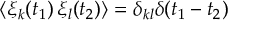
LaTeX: \langle \xi _ { k } ( t _ { 1 } ) \, \xi _ { l } ( t _ { 2 } ) \rangle = \delta _ { k l } \delta ( t _ { 1 } - t _ { 2 } )